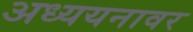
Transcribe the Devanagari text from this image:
अध्ययनावर